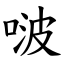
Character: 啵